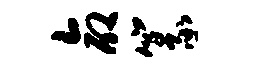
命篆